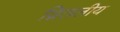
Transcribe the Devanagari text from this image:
द्वितलीय